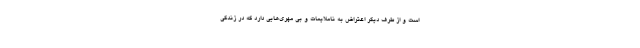
است و از طرف دیگر اعتراض به ناملایمات و بی مهری‌هایی دارد که در زندگی